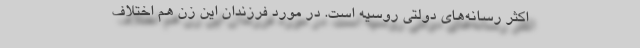
اکثر رسانه‌های دولتی روسیه است. در مورد فرزندان این زن هم اختلاف